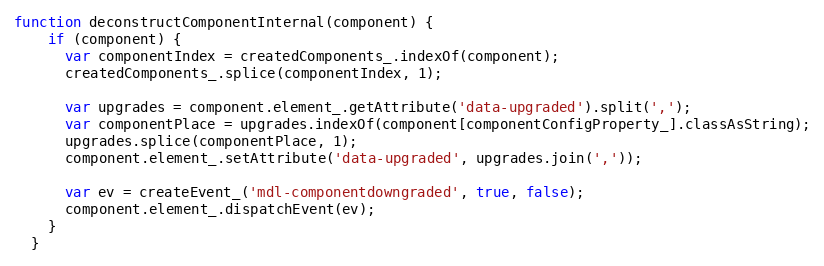
Language: JavaScript
function deconstructComponentInternal(component) {
    if (component) {
      var componentIndex = createdComponents_.indexOf(component);
      createdComponents_.splice(componentIndex, 1);

      var upgrades = component.element_.getAttribute('data-upgraded').split(',');
      var componentPlace = upgrades.indexOf(component[componentConfigProperty_].classAsString);
      upgrades.splice(componentPlace, 1);
      component.element_.setAttribute('data-upgraded', upgrades.join(','));

      var ev = createEvent_('mdl-componentdowngraded', true, false);
      component.element_.dispatchEvent(ev);
    }
  }